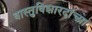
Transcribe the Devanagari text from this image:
वास्तुविशारदांच्या